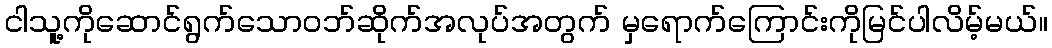
ငါသူ့ကိုဆောင်ရွက်သောဝဘ်ဆိုက်အလုပ်အတွက် မှရောက်ကြောင်းကိုမြင်ပါလိမ့်မယ်။